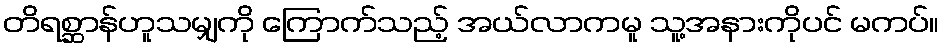
တိရစ္ဆာန်ဟူသမျှကို ကြောက်သည့် အယ်လာကမူ သူ့အနားကိုပင် မကပ်။